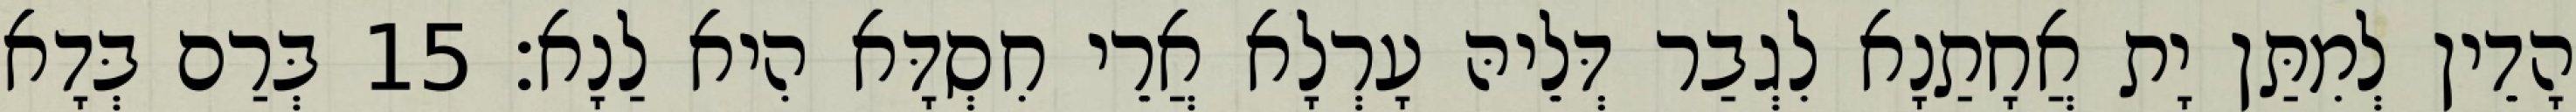
הָדֵין לְמִתַּן יָת אֲחָתַנָא לִגְבַר דְּלֵיהּ עָרְלָא אֲרֵי חִסְדָּא הִיא לַנָא׃ 15 בְּרַם בְּדָא